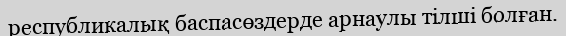
республикалық баспасөздерде арнаулы тілші болған.